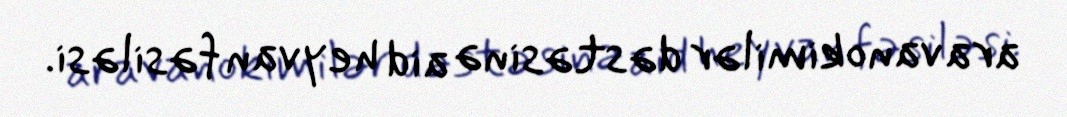
aravanokimilər dəstəsinə aid heyvan fəsiləsi.